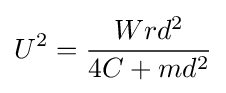
U^{2}={\frac {Wrd^{2}}{4C+md^{2}}}